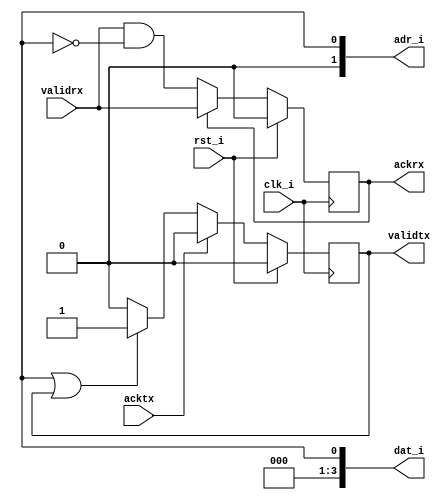
module device (/*AUTOARG*/
   // Outputs
   adr_i, dat_i, validtx, ackrx,
   // Inputs
   acktx, validrx, clk_i, rst_i
   );

   parameter DW = 4;// Data Width

   output [1:0] 		adr_i;
   output [DW-1:0] 		dat_i;			
   output			validtx;		
   input			acktx;			

   output			ackrx;			
   input			validrx;		
   
   input			clk_i;			
   input			rst_i;
   /*AUTOREG*/
   // Beginning of automatic regs (for this module's undeclared outputs)
   reg			ackrx;
   reg [1:0]		adr_i;
   reg [DW-1:0]		dat_i;
   reg			validtx;
   // End of automatics
   
   reg 			busy;
   reg 			write;

   
   always @(posedge clk_i)
     begin
	if(rst_i)
	  begin
	     /*AUTORESET*/
	     // Beginning of autoreset for uninitialized flops
	     ackrx <= 1'h0;
	     // End of automatics
	  end
	else if (ackrx)
	  ackrx <= validrx;
	else
	  ackrx <= validrx & ~busy;
     end // always @ (posedge ex_clk)


   
   always @(posedge clk_i)
     begin
	if(rst_i)
	  /*AUTORESET*/
	  // Beginning of autoreset for uninitialized flops
	  validtx <= 1'h0;
	  // End of automatics
	else if(acktx)
	  validtx <= 1'b0;
	else if(write | validtx)
	  validtx <= 1'b1;
	else 
	  validtx <= 1'b0;
     end


   always #9 dat_i <= $random;
   always #9 adr_i <= $random;
   always #9 busy <= $random;
   always #9 write <= $random;
   
   
endmodule // device


// Local Variables:
// verilog-library-directories:("." "../../rtl/switch/")
// verilog-library-files:("")
// End: